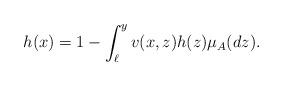
LaTeX: \begin{align*}h(x)=1-\int_{\ell}^y v(x,z)h(z)\mu_A(dz).\end{align*}